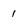
Character: 1